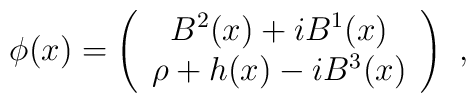
\phi(x) = \left( \begin{array}{c}B^2(x) + i B^1(x) \\ \rho + h(x) - i B^3(x) \end{array} \right)\,\,,